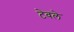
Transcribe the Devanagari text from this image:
टेवले